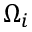
\Omega _ { i }